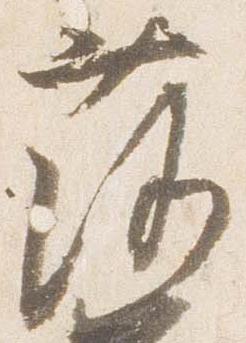
落